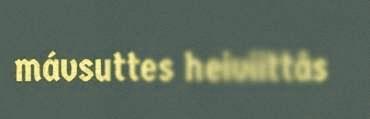
mávsuttes heiviittâs